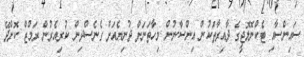
ސައިންސާއި ޓެކްނޮލޮޖީގެ ދާއިރާތަކުން އިންސާނުން މިހާތަނަށް ދުނިޔެއަށް ގެނެސްދިން ކުރިއެރުން ރަމްޒް ކޮށްދޭ